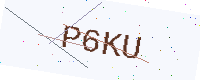
Text: P6KU